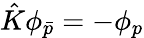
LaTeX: \hat{K}\phi_{\bar{p}}=-\phi_{p}